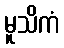
မူသိကံ